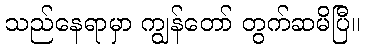
သည်နေရာမှာ ကျွန်တော် တွက်ဆမိပြီ။